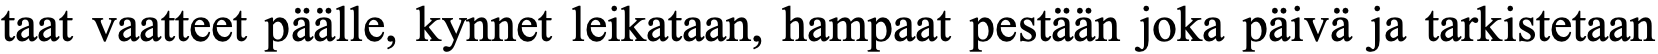
taat vaatteet päälle, kynnet leikataan, hampaat pestään joka päivä ja tarkistetaan